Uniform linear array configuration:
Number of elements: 64
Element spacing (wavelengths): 0.25
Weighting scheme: exponential
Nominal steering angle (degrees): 0
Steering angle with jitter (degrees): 1.541
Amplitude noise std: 0.05
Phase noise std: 0.05

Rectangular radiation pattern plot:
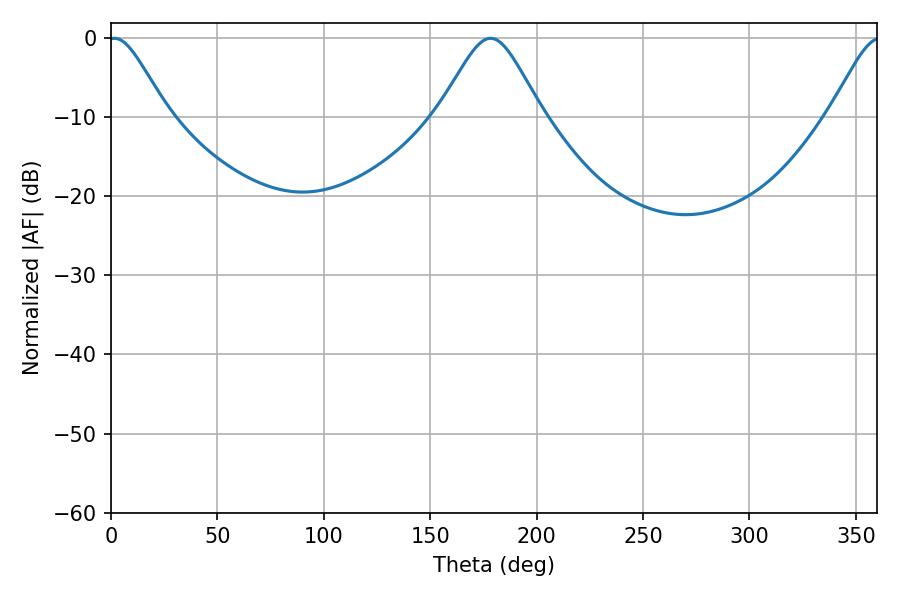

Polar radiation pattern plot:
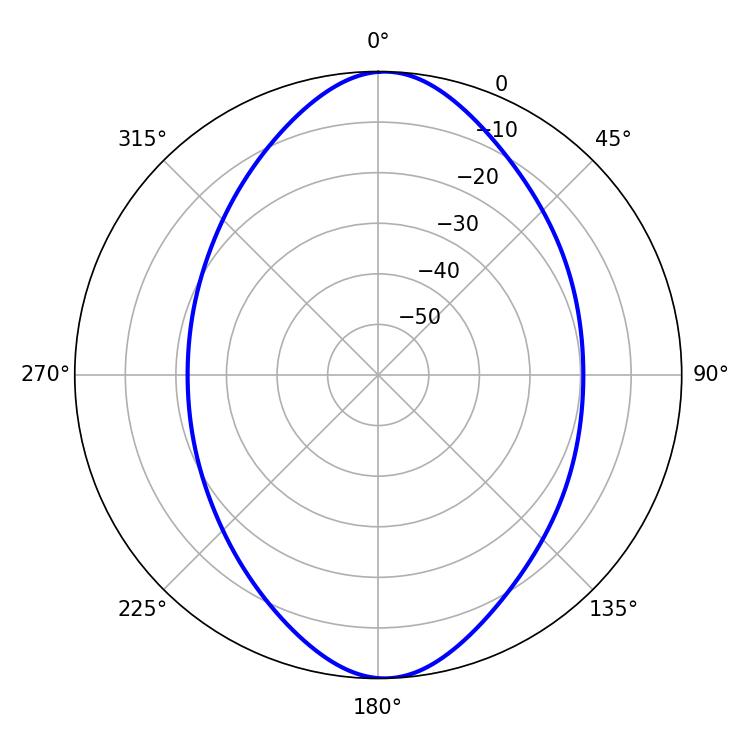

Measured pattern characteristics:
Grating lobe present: FALSE
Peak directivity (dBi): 16.444
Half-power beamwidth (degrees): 13.5
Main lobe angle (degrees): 1.62